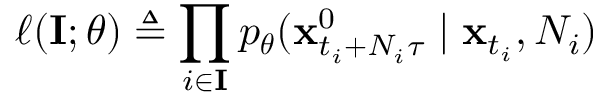
\ell ( \mathbf { I } ; \theta ) \triangleq \prod _ { i \in \mathbf { I } } p _ { \boldsymbol \theta } ( \mathbf { x } _ { t _ { i } + N _ { i } \tau } ^ { 0 } \mid \mathbf { x } _ { t _ { i } } , N _ { i } )